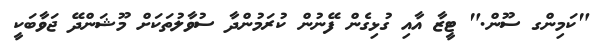
"ކަމިންގ ސޫން." ޓީޒާ އާއި ގުޅިގެން ފޭނުން ކުރަމުންދާ ސުވާލުތަކަށް މޫޝަންދޭ ޖަވާބަކީ